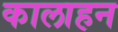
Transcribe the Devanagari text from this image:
कालाहन